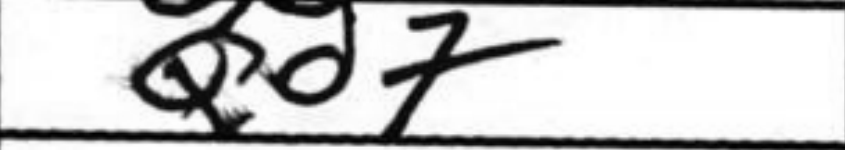
Transcription: Ne7